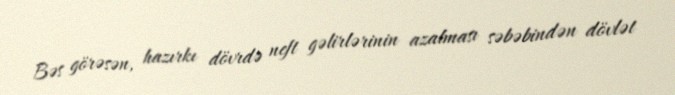
Bəs görəsən, hazırkı dövrdə neft gəlirlərinin azalması səbəbindən dövlət